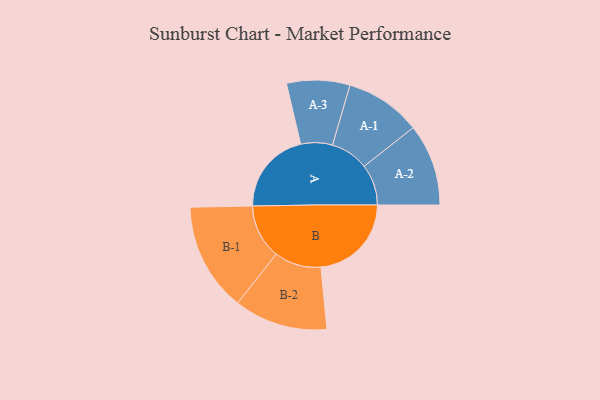
{"axis": {"x": "Segment", "y": "Value"}, "legend": ["", "A", "B"], "data": [{"x": "A", "y": 311, "type": ""}, {"x": "B", "y": 338, "type": ""}, {"x": "A-1", "y": 142, "type": "A"}, {"x": "A-2", "y": 153, "type": "A"}, {"x": "A-3", "y": 118, "type": "A"}, {"x": "B-1", "y": 203, "type": "B"}, {"x": "B-2", "y": 175, "type": "B"}]}